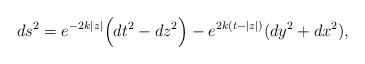
LaTeX: \begin{align*}ds^{2} = e^{-2k|z|} \Big(dt^{2} - dz^{2}\Big) - e^{2k(t - |z|)} (dy^{2} + dx^{2}),\end{align*}